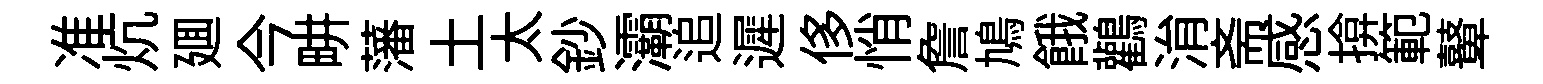
准炕廽今畊藩土太鈔灞追遲侈悄詹鳩餓鸛㳙斋感揜範鼙